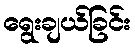
ရွေးချယ်ခြင်း